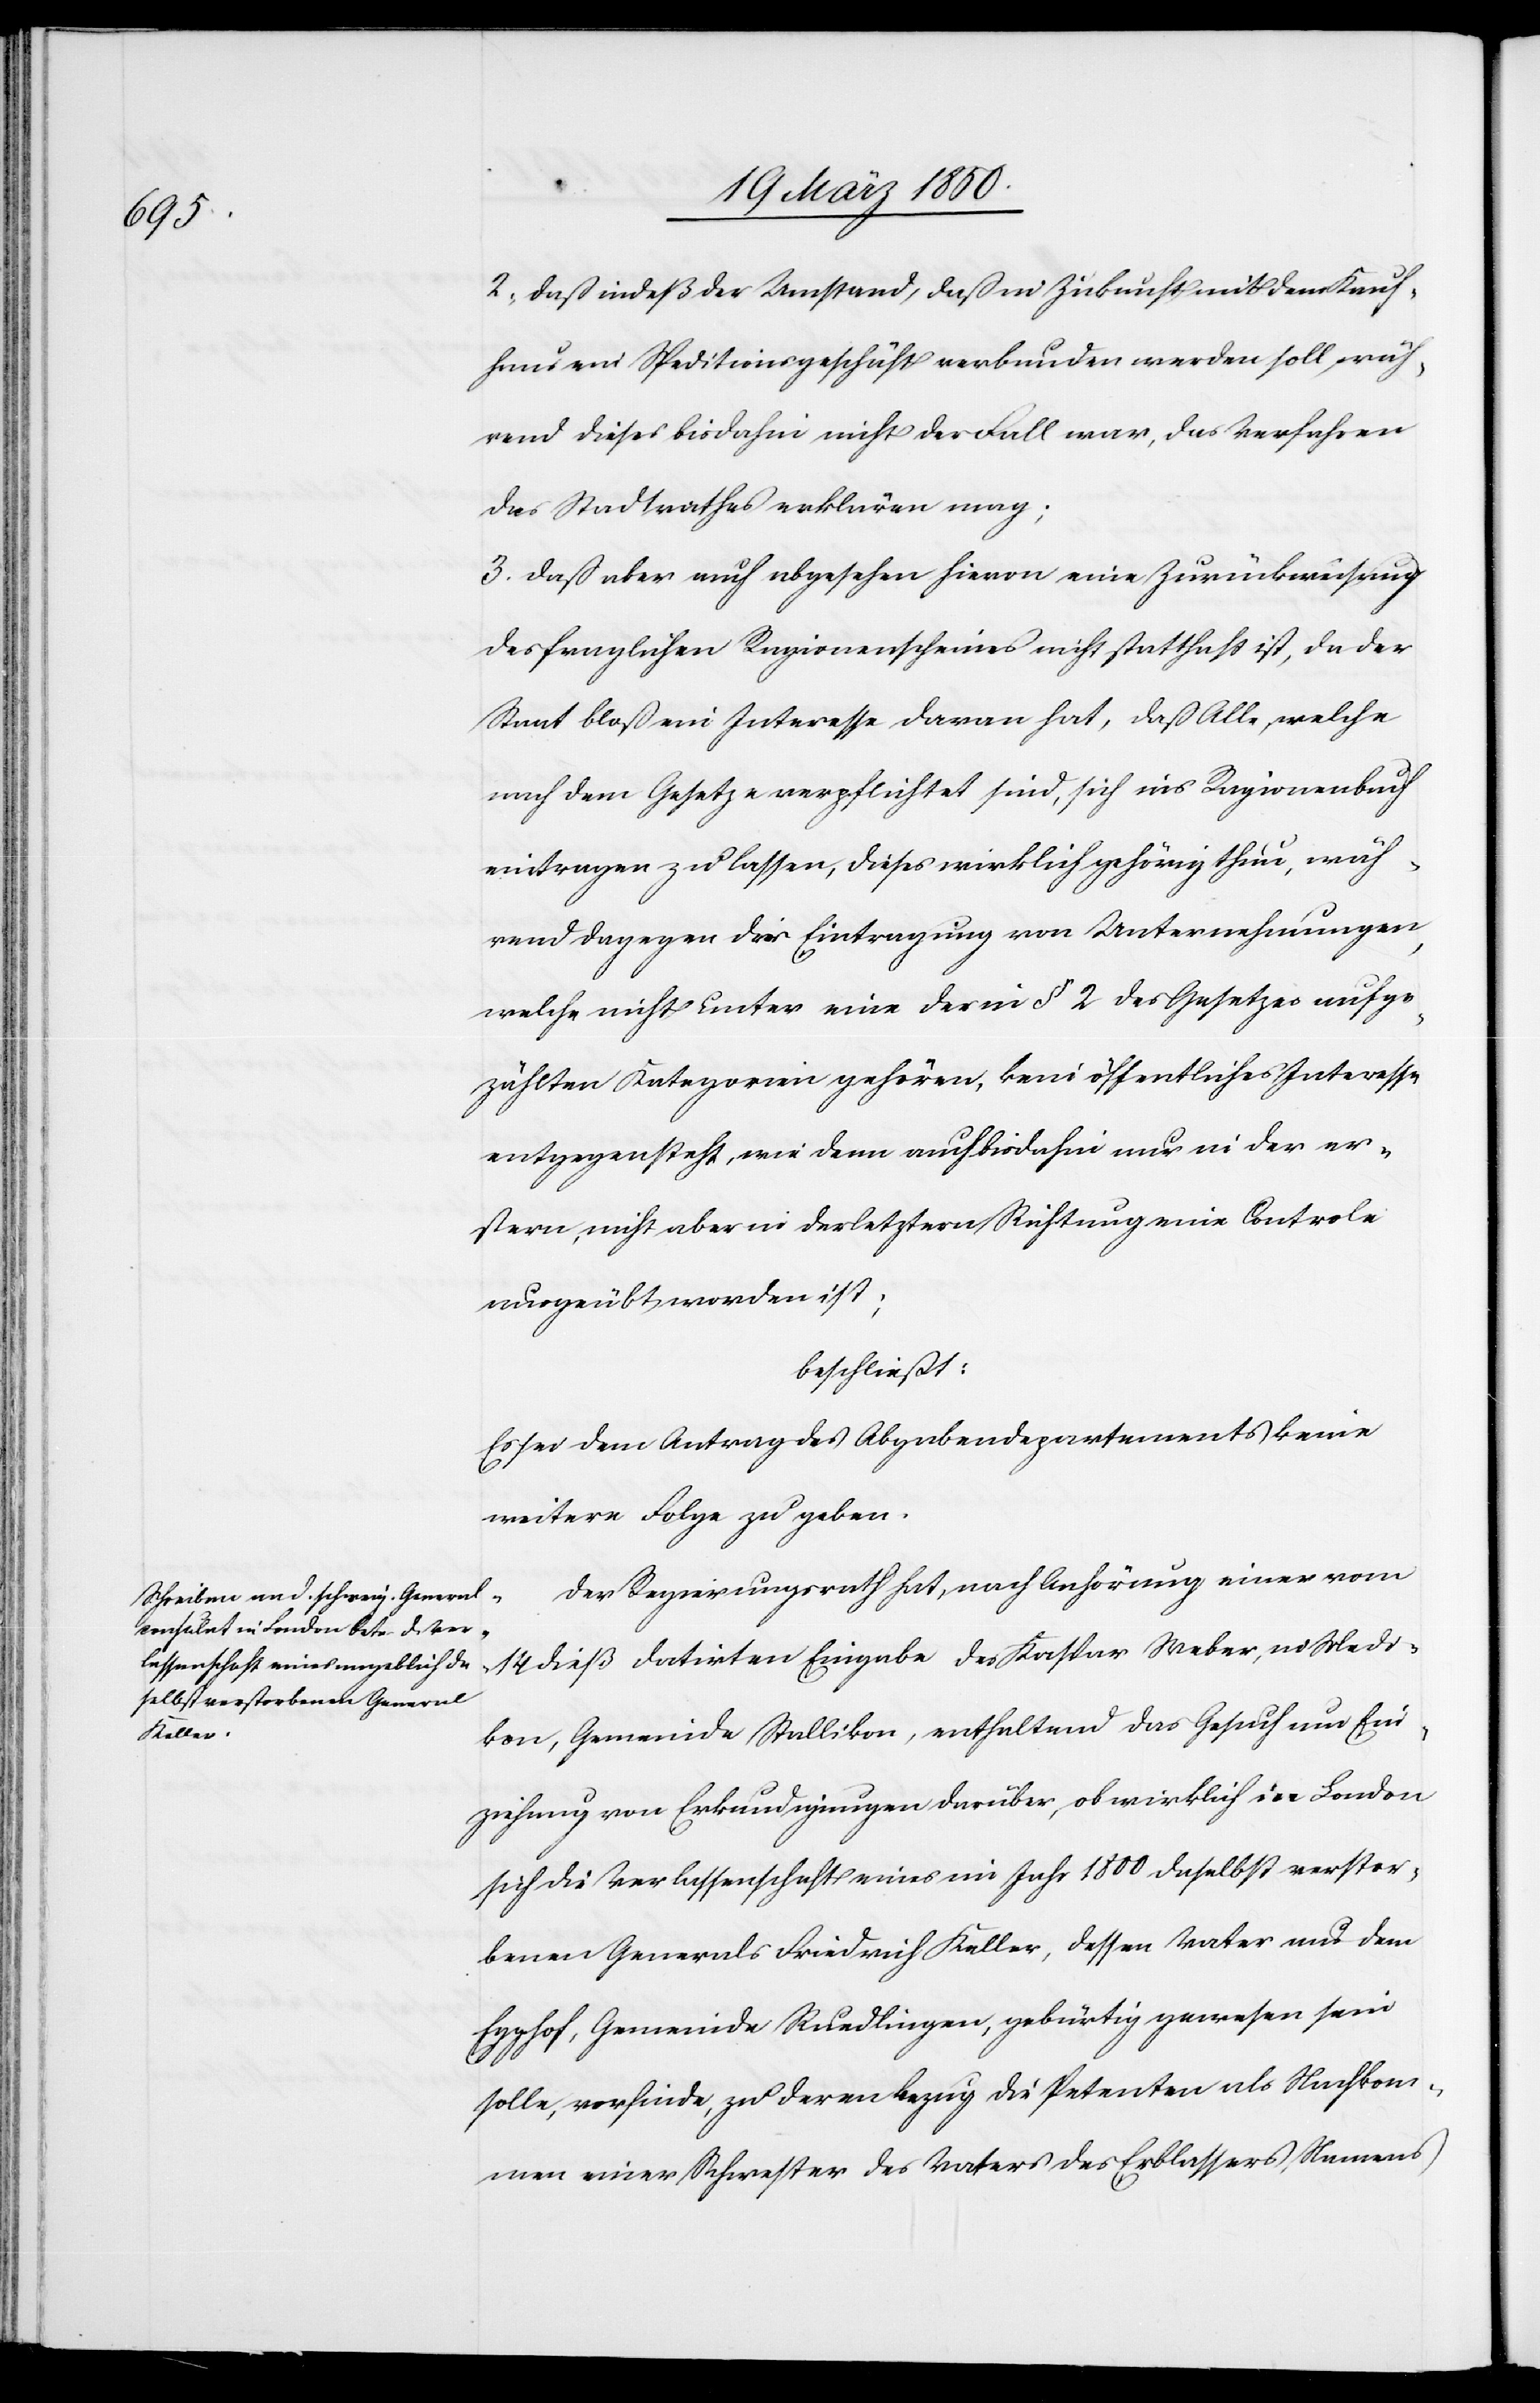
2. daß indeß der Umstand, daß in Zukunft mit dem Kauf¬
haus ein Speditionsgeschäft verbunden werden soll, wäh¬
rend dieses bisdahin nicht der Fall war, das Verfahren
des Stadtrathes erklären mag;
3. daß aber auch abgesehen hievon eine Zurückweisung
des fraglichen Ragionenscheines nicht statthaft ist, da der
Staat bloß ein Interesse daran hat, daß Alle, welche
nach dem Gesetze verpflichtet sind, sich ins Ragionenbuch
eintragen zu lassen, dieses wirklich gehörig thun, wäh¬
rend dagegen die Eintragung von Unternehmungen,
welche nicht unter eine der in § 2 des Gesetzes aufge¬
zählten Kategorien gehören, kein öffentliches Interesse
entgegensteht, wie dem auch bisdahin nur in der er¬
stern, nicht aber in der letztern Richtung eine Controle
ausgeübt worden ist;
beschließt:
Es sei dem Antrag des Abgabendepartements keine
weitere Folge zu geben.
Der Regierungsrath hat, nach Anhörung einer vom
14 dieß datirten Eingabe des Kaspar Weber, in Medi¬
kon, Gemeinde Stallikon, enthaltend das Gesuch um Ein¬
ziehung von Erkundigungen darüber, ob wirklich in London
sich die Verlassenschaft eines im Jahr 1800 daselbst verstor¬
benen Generals Friedrich Keller, dessen Vater aus dem
Egghof, Gemeinde Ruedlingen, gebürtig gewesen sein
solle, vorfinde, zu deren Bezug die Petenten als Nachkom¬
men einer Schwester des Vaters des Erblassers, Namens